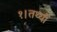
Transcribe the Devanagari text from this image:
१।तथ्यों